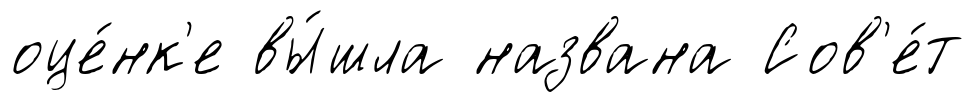
оце́нк'е вы́шла названа Сов'е́т